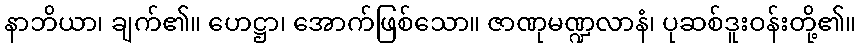
နာဘိယာ၊ ချက်၏။ ဟေဋ္ဌာ၊ အောက်ဖြစ်သော။ ဇာဏုမဏ္ဍလာနံ၊ ပုဆစ်ဒူးဝန်းတို့၏။